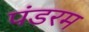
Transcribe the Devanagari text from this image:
पंडरम